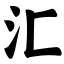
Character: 汇